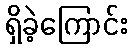
ရှိခဲ့ကြောင်း